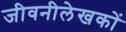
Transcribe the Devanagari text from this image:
जीवनीलेखकों